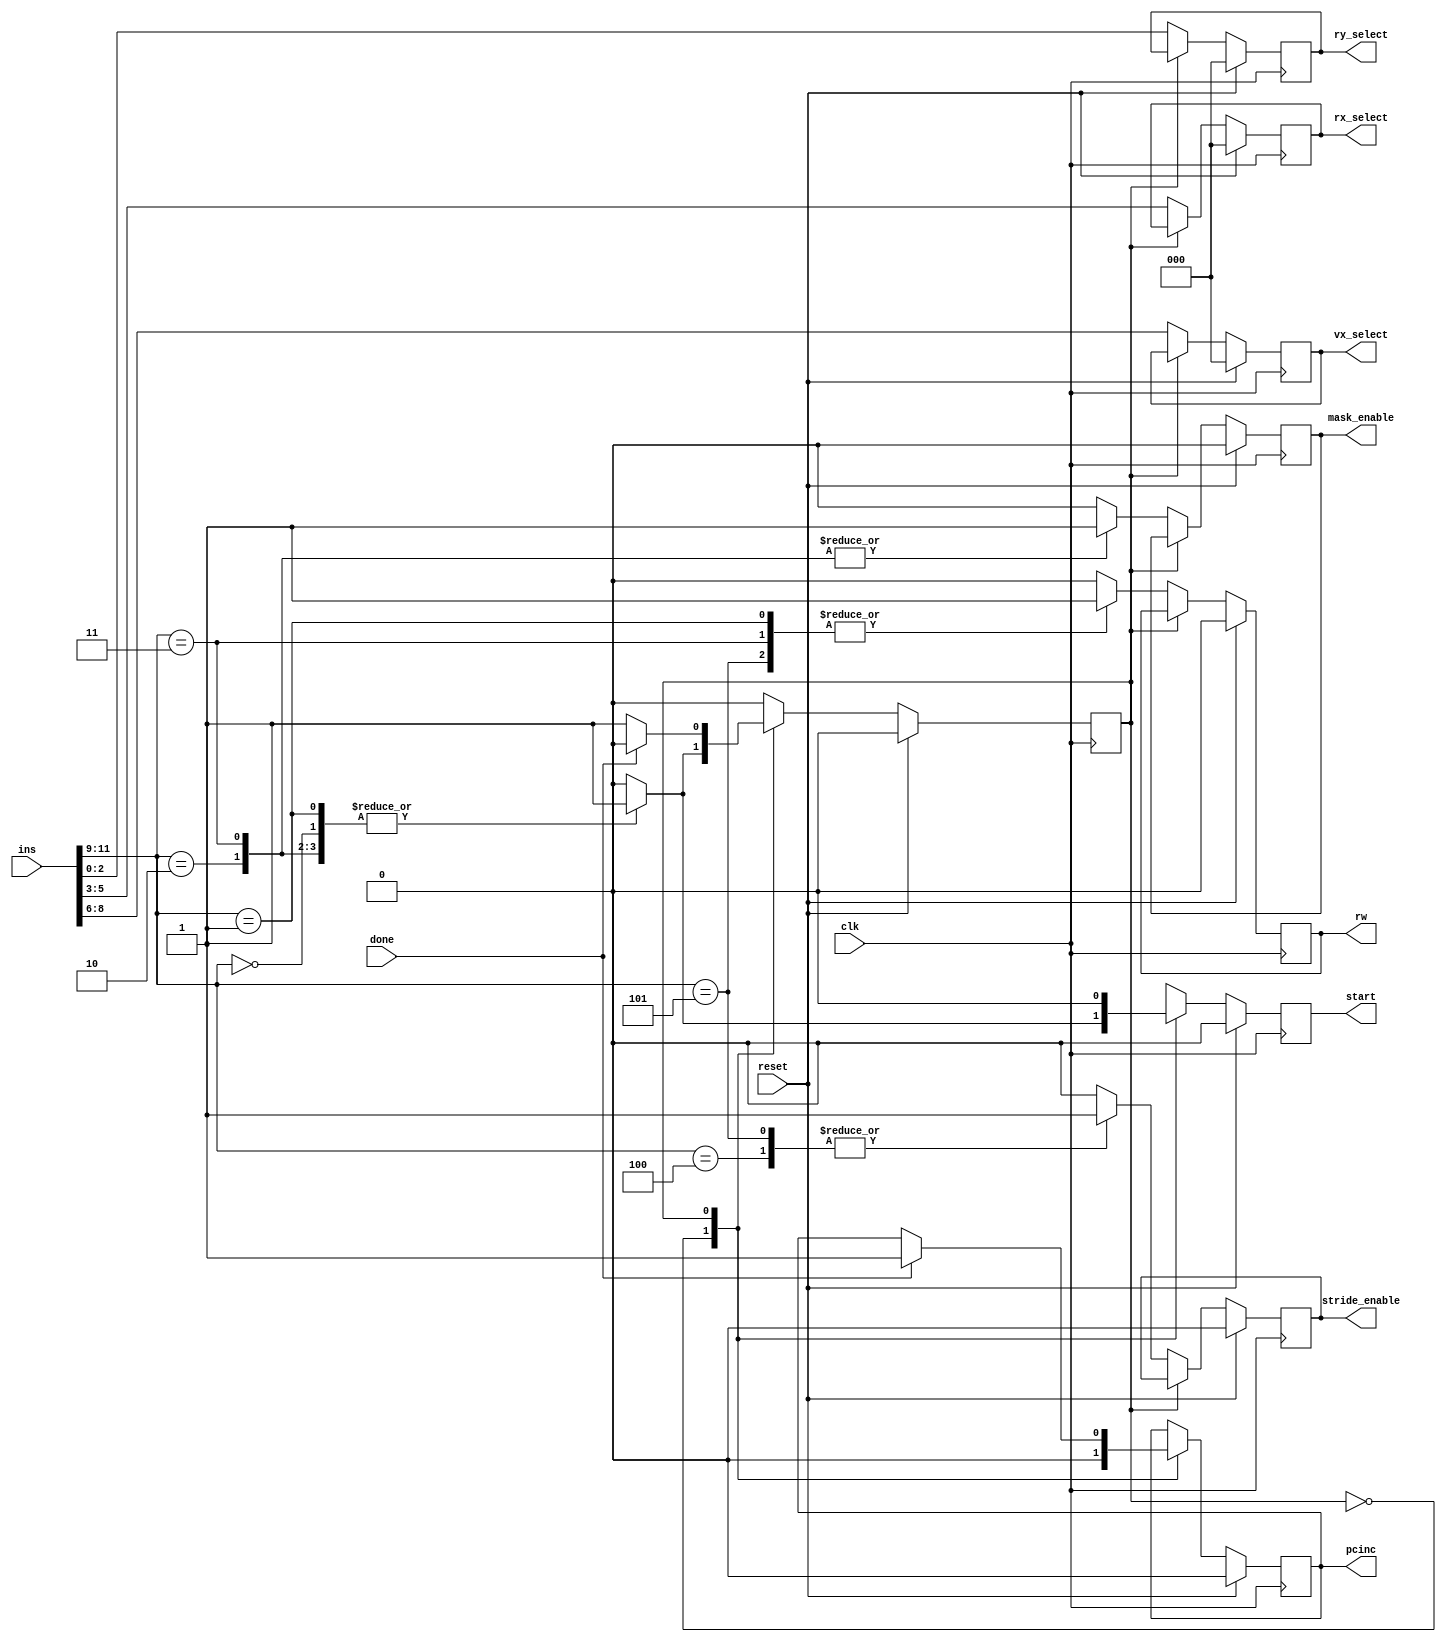
module ins_decoder(vx_select,rx_select,ry_select,stride_enable,mask_enable,rw,pcinc,start,ins,done,clk,reset);
output reg [2:0]vx_select;
output reg [2:0]rx_select;
output reg [2:0]ry_select;
output reg stride_enable,mask_enable,rw,pcinc,start;
input [11:0]ins;
input done,clk,reset;

reg ps;

localparam idle=1'd0,busy=1'd1;
localparam vli=3'b000,vsi=3'b001,vls=3'b100,vss=3'b101,vlm=3'b010,vsm=3'b011;

always @(negedge clk)
begin
if(reset)   
    begin
    vx_select<=3'd0;
    rx_select<=3'd0;
    ry_select<=3'd0;
    stride_enable<=1'd0;
    mask_enable<=1'd0;
    rw<=1'd0;
    pcinc<=1'd0;
    start<=1'd0;
    ps<=idle;
    end
else
    begin
    case(ps)
    idle:
        begin
        vx_select<=ins[8:6];
        rx_select<=ins[5:3];
        ry_select<=ins[2:0];
		pcinc<=1'd0;
        case(ins[11:9])
        vli:
            begin
            stride_enable<=1'd0;
            mask_enable<=1'd0;
            rw<=1'd0;
            start<=1'd1;
            ps<=busy;
            end
        vsi:
            begin
            stride_enable<=1'd0;
            mask_enable<=1'd0;
            rw<=1'd1;
            start<=1'd1;
            ps<=busy;
            end
        vls:
            begin
            stride_enable<=1'd1;
            mask_enable<=1'd0;
            rw<=1'd0;
            start<=1'd1;
            ps<=busy;
            end
        vss:
            begin
            stride_enable<=1'd1;
            mask_enable<=1'd0;
            rw<=1'd1;
            start<=1'd1;
            ps<=busy;
            end
        vlm:
            begin
            stride_enable<=1'd0;
            mask_enable<=1'd1;
            rw<=1'd0;
            start<=1'd1;
            ps<=busy;
            end
        vsm:
            begin
            stride_enable<=1'd0;
            mask_enable<=1'd1;
            rw<=1'd1;
            start<=1'd1;
            ps<=busy;
            end
        default:
            begin
            stride_enable<=1'd0;
            mask_enable<=1'd0;
            rw<=1'd0;
            start<=1'd0;
            end
        endcase
        end
    busy:
        begin
        start<=1'd0;
        if(done)
        begin
        pcinc<=1'd1;
        ps<=idle;
        end
        end
    endcase
    end
end

endmodule